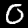
Label: 0